Annual vaccination report of Bihar and Orissa - 1911-1928
Year: 1911
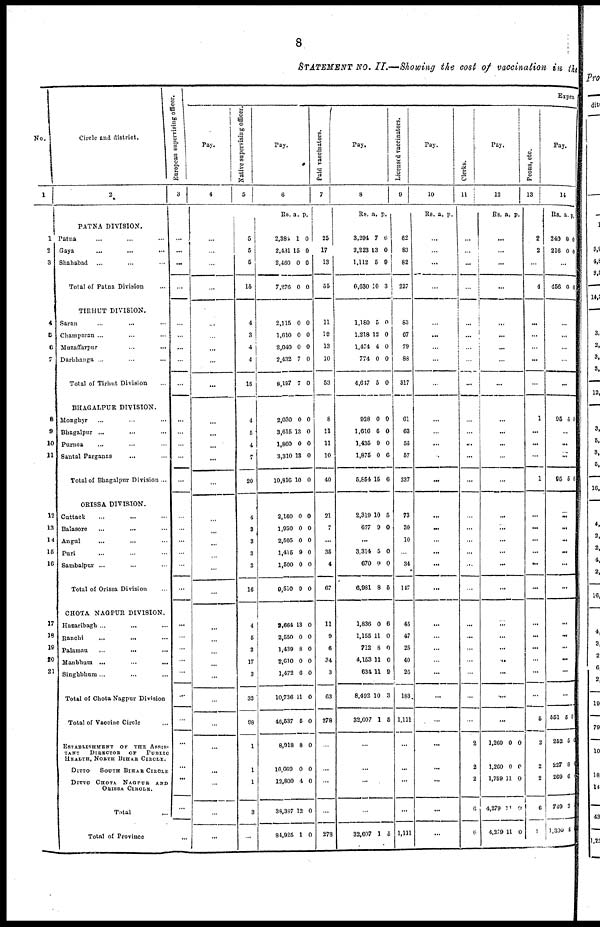
8
STATEMENT No. II.—Showing the cost of vaccination in the
No.
1
1
2
3
4
5
6
7
8
9
10
11
12
13
14
15
16
17
18
19
20
21
Circle and district.
2
PATNA DIVISION.
Patna ... ... ...
Gaya
...
...
...
Shahabad ... ... ...
Total of Patna Division ...
TIRHUT DIVISION.
Saran ... ... ...
Champaran ... ... ...
Muzaffarpur ... ... ...
Darbhanga ... ... ...
Total of Tirhut Division ...
BHAGALPUR DIVISION.
Monghyr ... ... ...
Bhagalpur ...
... ...
Purnea ... ... ...
Santal Parganas
... ...
Total of Bhagalpur Division ...
ORISSA DIVISION.
Cuttack
... ... ...
Balasore ... ... ...
Angul
... ... ...
Puri ... ... ...
Sambalpur ... ... ...
Total of Orissa Division ...
CHOTA NAGPUR DIVISION.
Hazaribagh... ... ...
Ranchi
...
... ...
Palamau
...
...
...
Manbhum ... ... ...
Singhbhum... ... ...
Total of Chota Nagpur Division
Total of Vaccine Circle
ESTABLISHMENT
OF THE ASSIS¬
TANT DIRECTOR OF PUBLIC
HEALTH, NORTH BIHAR CIRCLE.
DITTO SOUTH BIHAR CIRCLE
DITTO CHOTA NAGPUR AND
ORISSA CIRCLE.
Total ...
Total of Province
European supervising officer.
3
...
...
...
...
...
...
...
...
...
...
...
...
...
...
...
...
...
...
...
...
...
...
...
...
...
...
...
...
...
...
...
...
Expen
Pay.
4
...
...
...
...
...
...
...
...
...
...
...
...
...
...
...
...
...
...
...
...
...
...
...
...
...
...
...
...
...
...
...
...
Native supervising officer.
5
5
5
5
15
4
3
4
4
15
4
5
4
7
20
4
3
3
3
3
16
4
5
3
17
3
32
98
1
1
1
3
...
Pay.
6
Rs. a. p.
2,386
2,431
2,460
7,276
1
15
0
0
0
0
0
0
2,115
1,610
2,040
2,432
8,197
0
0
0
7
7
0
0
0
0
0
2,030
3,615
1,860
3,310
10,816
0
13
0
13
10
0
0
0
0
0
2,160
1,930
2,505
1,415
1,500
9,510
0
0
0
9
0
9
0
0
0
0
0
0
2,664
2,550
1,439
2,610
1,472
10,736
46,537
8,918
16,669
12,800
38,387
84,925
13
0
8
0
6
11
5
8
0
4
12
1
0
0
0
0
0
0
0
0
0
0
0
0
Paid vaccinators.
7
25
17
13
55
11
19
13
10
53
8
11
11
10
40
21
7
...
35
4
67
11
9
6
34
3
63
278
...
...
...
...
278
Pay.
8
Rs. a. p.
3,294
2,223
1,112
6,630
7
13
5
10
6
0
9
3
1,180
1,218
1,474
774
4,617
5
12
4
0
5
0
0
0
0
0
928
1,616
1,435
1,875
5,854
0
6
9
0
15
0
0
0
0
6
2,319
677
10
9
5
0
...
3,314
670
6,981
5
0
8
0
0
5
1,836
1,155
712
4,153
634
8,492
32,607
0
11
8
11
11
10
1
6
0
0
0
9
3
5
...
...
...
...
32,607 1 5
Licensed vaccinators.
9
62
83
82
227
83
67
79
88
317
61
63
56
57
237
73
30
10
...
34
147
45
47
25
40
26
183
1,111
...
...
...
...
1,111
Pay.
10
Rs a. p.
...
...
...
...
...
...
...
...
...
...
...
...
...
...
...
...
...
...
...
...
...
...
...
...
...
...
...
...
...
...
...
...
Clerks.
11
...
...
...
...
...
...
...
...
...
...
...
...
...
...
...
...
...
...
...
...
...
...
...
...
...
...
...
2
2
2
6
6
Pay.
12
Rs. a. p.
...
...
...
...
...
...
...
...
...
...
...
...
...
...
...
...
...
...
...
...
...
...
...
...
...
...
...
...
1,260
1,260
1,759
4,279
4,279
0
0
11
11
11
0
0
0
0
0
Peons, etc.
13
2
2
...
4
...
...
...
...
...
1
...
...
...
1
...
...
...
...
...
...
...
...
...
...
...
...
5
2
2
2
6
1
Pay.
14
Rs. a. p.
240
216
0
0
0
0
...
456 0 1
...
...
...
...
...
95 5 0
...
...
...
95 5 0
...
...
...
...
...
...
...
...
...
...
...
...
551
252
227
269
749
1,300
5
5
8
6
3
8
0
0
0
0
0
0